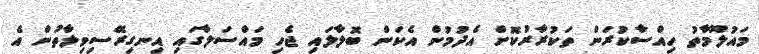
މައުލޫމާތު ހިއްސާކުރަން ތަކުރާރުކޮށް އެދުމުން އެކަން ބޮލާލައި ޖެހި މައްސަލާގައި އިނގިރޭސިވިލާތުން އެ